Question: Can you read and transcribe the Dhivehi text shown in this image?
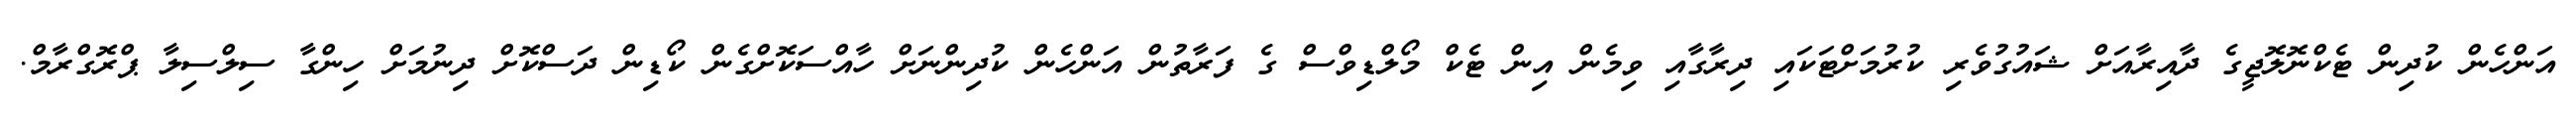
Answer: އަންހެން ކުދިން ޓެކްނޮލޮޖީގެ ދާއިރާއަށް ޝައުގުވެރި ކުރުމަށްޓަކައި ދިރާގާއި ވިމެން އިން ޓެކް މޯލްޑިވްސް ގެ ފަރާތުން އަންހެން ކުދިންނަށް ހާއްސަކޮށްގެން ކޯޑިން ދަސްކޮށް ދިނުމަށް ހިންގާ ސިލްސިލާ ޕްރޮގްރާމް.